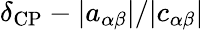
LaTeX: \delta_{\mathrm{CP}}-|a_{\alpha\beta}|/|c_{\alpha\beta}|